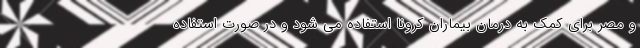
و مصر برای کمک به درمان بیماران کرونا استفاده می شود و در صورت استفاده